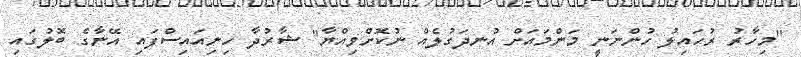
"މިހާރު ރުހައިލު ހުންނަނީ މަންމައަށް އުނދަގުލެއް ނުކޮށްވިއްޔާ" ޝާރުދާ ހިނިއައިސްފައި އޭނާގެ ބޮލުގައި